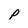
Character: p